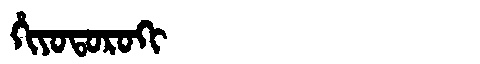
Manchu: ᡥᡳᠶᠣᡨᠣᡵᠣᡴᡳ
Romanization: HIYOTOROKI